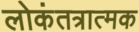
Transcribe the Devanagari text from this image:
लोकंतत्रात्मक